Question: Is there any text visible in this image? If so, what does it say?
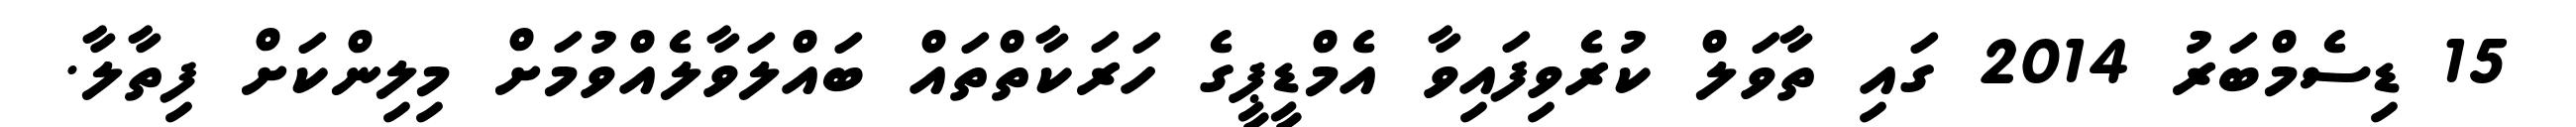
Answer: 15 ޑިސެމްބަރު 2014 ގައި ތާވަލް ކުރެވިފައިވާ އެމްޑީޕީގެ ހަރަކާތްތައް ބައްލަވާލެއްވުމަށް މިލިންކަށް ފިތާލާ.